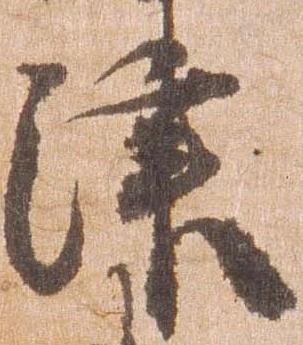
津